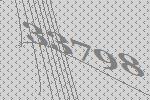
33798